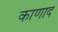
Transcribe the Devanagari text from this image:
काणाद